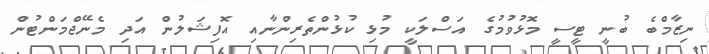
ނިޒާމްބެ ބުނީ ޓީސީ މޮޅުވުމުގެ އަސްލަކީ މުޅި ކުޅުންތެރިންނާއި އޮފިޝަލުން އަދި މެނޭޖްމަންޓުން